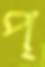
প্